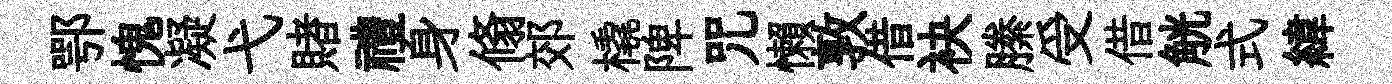
鄂愧凝弋賭禮身翛郊橇陴咒懶敦借袂縢受借觥式緯